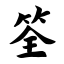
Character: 筌